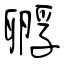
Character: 孵